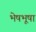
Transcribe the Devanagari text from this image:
भेषभूषा